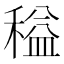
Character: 䅬